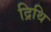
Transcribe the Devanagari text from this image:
द्रिथि